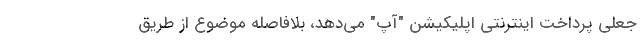
جعلی پرداخت اینترنتی اپلیکیشن "آپ" می‌دهد، بلافاصله موضوع از طریق